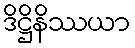
ဒိဋ္ဌိနိဿယာ